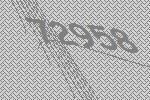
72958